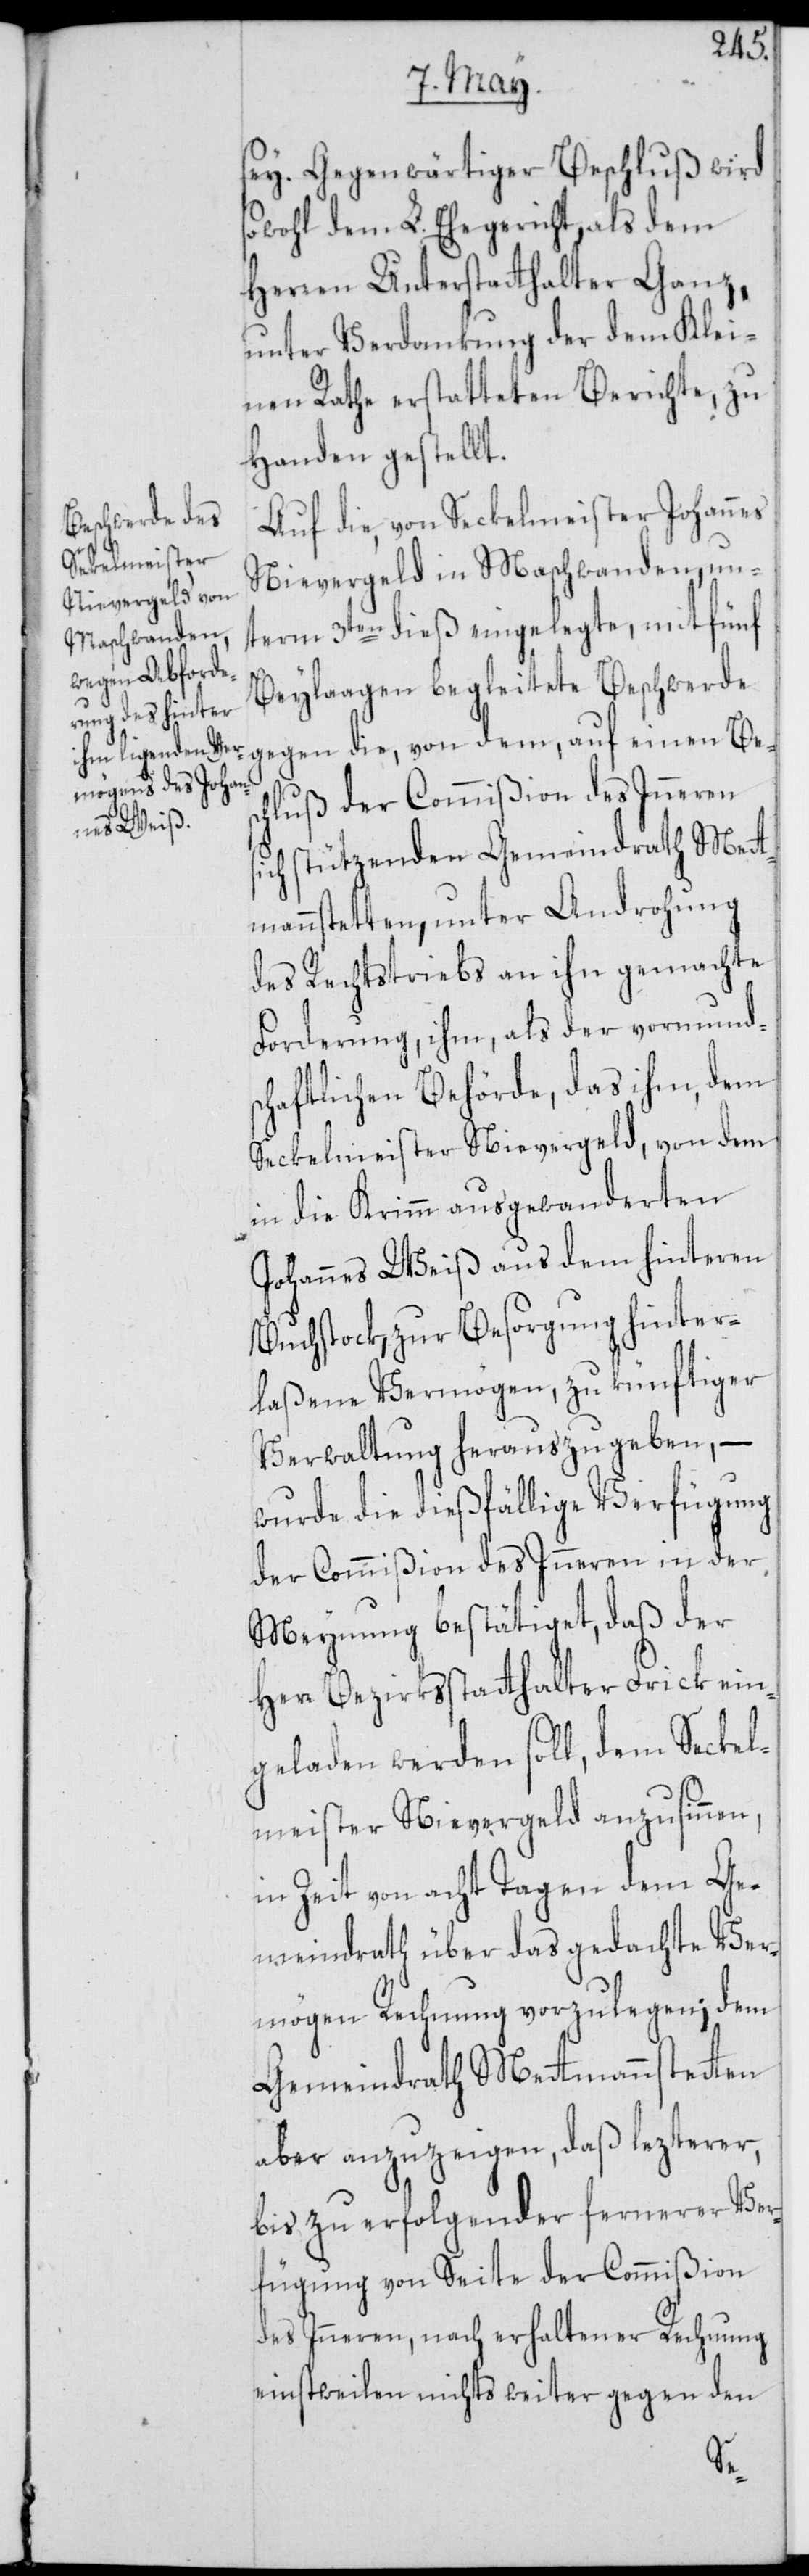
sey. Gegenwärtiger Beschluß wird
sowohl dem L. Ehegericht, als dem
Herren Unterstatthalter Ganz,
unter Verdankung der dem Klei¬
nen Rathe erstatteten Berichte, zu
Handen gestellt.
Auf die, von Seckelmeister Johannes
Nievergeld in Maschwanden, un¬
term 3ten dieß eingelegte, mit fünf
Beylaagen begleitete Beschwerde
gegen die, von dem, auf einen Besc¬
hluß der Commißion des Inneren
ich stützenden Gemeindrath Mett¬
mannstetten, unter Androhung
des Rechtstriebs an ihn gemachte
Forderung, ihm, als der vormund¬
schaftlichen Behörde, das ihm, dem
Seckelmeister Nievergeld, von dem
in die Krimm ausgewanderten
Johannes Weiß aus dem hinteren
Buchstock, zur Besorgung hinter¬
laßene Vermögen, zu künftiger
Verwaltung herauszugeben, –
wurde die dießfällige Verfügung
der Commißion des Inneren in der
Meynung bestätiget, daß der
Herr Bezirksstatthalter Frick ein¬
geladen werden soll, dem Seckel¬
meister Nievergeld anzusinnen,
in Zeit von acht Tagen dem Ge¬
meindrath über das gedachte Ver¬
mögen Rechnung vorzulegen; dem
Gemeindrath Mettmannstetten
aber anzuzeigen, daß lezterer,
bis zu erfolgender fernerer Ver¬
fügung von Seite der Commißion
des Inneren, nach erhaltener Rechnung
einstweilen nichts weiter gegen den
s¬